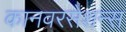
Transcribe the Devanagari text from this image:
कानवरसेशन्स